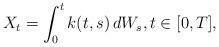
LaTeX: \begin{align*}X_t= \int_0^t k(t,s)\,d W_s,t \in [0,T],\end{align*}